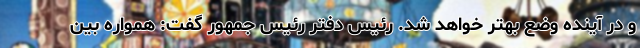
و در آینده وضع بهتر خواهد شد. رئیس دفتر رئیس جمهور گفت: همواره بین